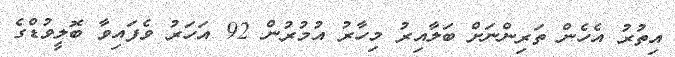
އިތުރު އެހެން ތަރިންނަށް ބަލާއިރު މިހާރު އުމުރުން 92 އަހަރު ވެފައިވާ ބޮލީވުޑްގެ